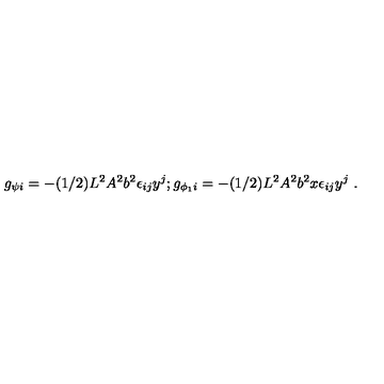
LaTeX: g _ { \psi i } = - ( 1 / 2 ) L ^ { 2 } A ^ { 2 } b ^ { 2 } \epsilon _ { i j } y ^ { j } ; g _ { \phi _ { 1 } i } = - ( 1 / 2 ) L ^ { 2 } A ^ { 2 } b ^ { 2 } x \epsilon _ { i j } y ^ { j } \ .